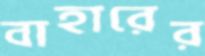
বাহারের